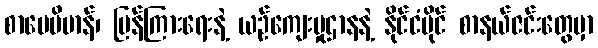
စာပေဗိမာန်၊ ပြန်ကြားရေးနဲ့ ယဉ်ကျေးမှုဌာနနဲ့ နိုင်ငံပိုင် စာနယ်ဇင်းတွေမှာ